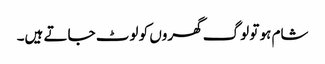
شام ہو تو لوگ گھروں کو لوٹ جاتے ہیں۔